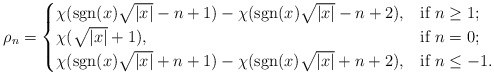
\begin{align*}\rho_{n}=\begin{cases}\chi(\mathrm{sgn}(x) \sqrt{|x|}-n+1)-\chi(\mathrm{sgn}(x)\sqrt{|x|}-n+2), & \mbox{if $n\ge 1$};\\\chi(\sqrt{|x|}+1), & \mbox{if $n=0$;}\\\chi(\mathrm{sgn}(x) \sqrt{|x|}+n+1)-\chi(\mathrm{sgn}(x)\sqrt{|x|}+n+2), & \mbox{if \ensuremath{n\le-1}}.\end{cases}\end{align*}